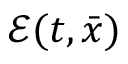
{ \mathcal E } ( t , { \bar { x } } )